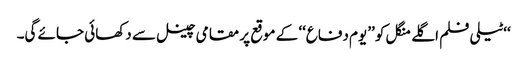
‘‘ٹیلی فلم اگلے منگل کو ’’یوم دفاع‘‘ کے موقع پر مقامی چینل سے دکھائی جائے گی۔